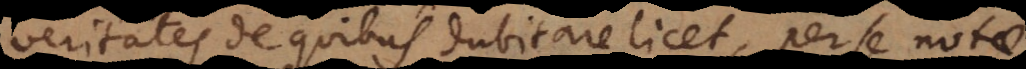
veritates de quibus dubitare licet, per se notae